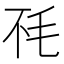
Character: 𰚏